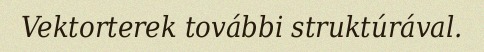
Vektorterek további struktúrával.